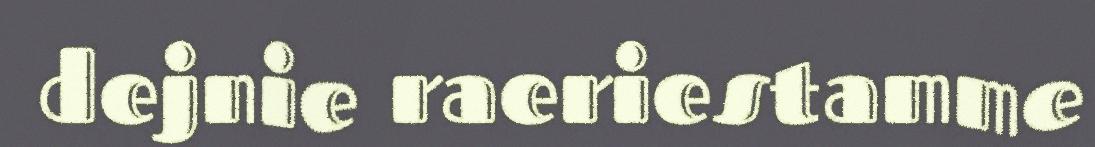
dejnie raeriestamme